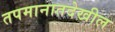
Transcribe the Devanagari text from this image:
तपमानातदेखील